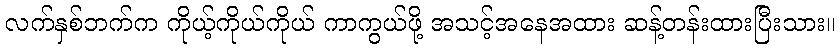
လက်နှစ်ဘက်က ကိုယ့်ကိုယ်ကိုယ် ကာကွယ်ဖို့ အသင့်အနေအထား ဆန့်တန်းထားပြီးသား။